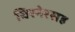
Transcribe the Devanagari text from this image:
चिरनेरसह